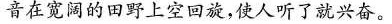
音在宽阔的田野上空回旋，使人听了就兴奋。